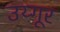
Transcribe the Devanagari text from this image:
उय्गूर